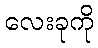
လေးခုကို